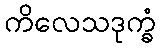
ကိလေသဒုက္ခံ